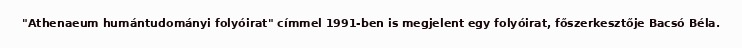
"Athenaeum humántudományi folyóirat" címmel 1991-ben is megjelent egy folyóirat, főszerkesztője Bacsó Béla.